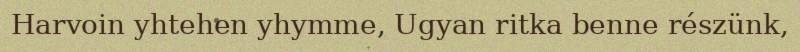
Harvoin yhtehen yhymme, Ugyan ritka benne részünk,